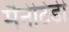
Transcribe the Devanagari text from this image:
मैनेटिडी